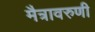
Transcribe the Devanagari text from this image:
मैत्रावरुणी